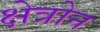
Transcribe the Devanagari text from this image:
क्षेत्रोन